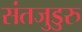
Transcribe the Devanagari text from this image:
संतजुडुरु